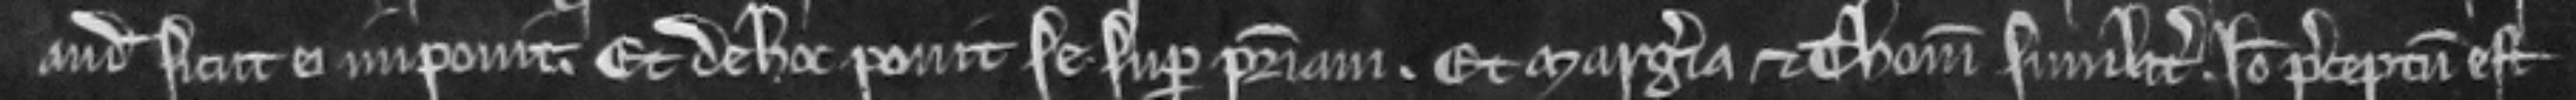
andum sicut ei imponit. Et de hoc ponit se super patriam. Et Margeria et Thomas similiter. Ideo preceptum est